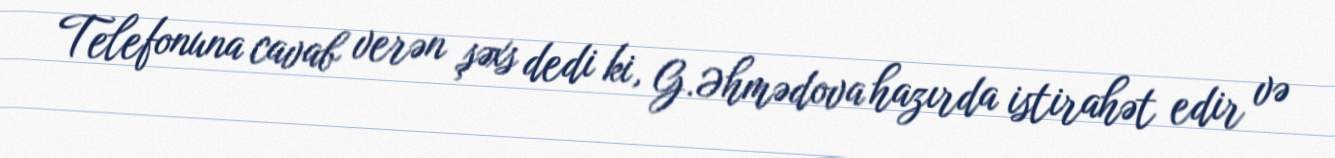
Telefonuna cavab verən şəxs dedi ki, G.Əhmədova hazırda istirahət edir və